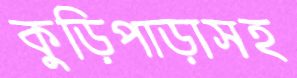
কুড়িপাড়াসহ